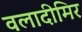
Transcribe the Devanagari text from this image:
वलादीमिर